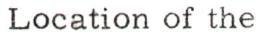
Location of the